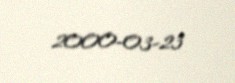
2000-03-23